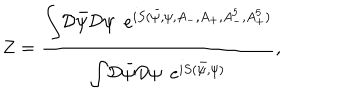
Z = \frac { { \displaystyle \int } { \cal D } { \bar { \psi } } { \cal D } \psi \, \, \, { \displaystyle e } ^ { i S ( { \bar { \psi } } , \psi , A _ { - } , A _ { + } , A _ { - } ^ { 5 } , A _ { + } ^ { 5 } ) } } { { \displaystyle \int } { \cal D } { \bar { \psi } } { \cal D } \psi \, \, \, { \displaystyle e } ^ { i S ( { \bar { \psi } } , \psi ) } } ,